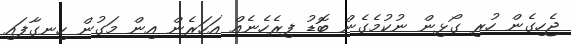
ޖެހިގެން ހުރި ގޯޅިން ނުކުމެގެން ބޮޑު ފިރެހެނެއް އަހަރެން އިން މަގުން ހިނގާފައި